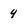
Character: 4